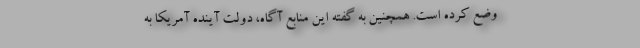
وضع کرده است. همچنین به گفته این منابع آگاه، دولت آینده آمریکا به